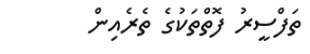
ތަފްސީރު ފޮތްތަކުގެ ތެރެއިން